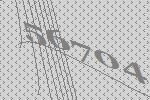
56704